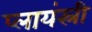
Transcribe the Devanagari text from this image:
प्लायंस्री